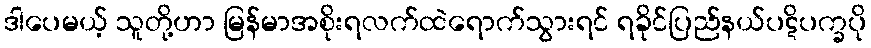
ဒါပေမယ့် သူတို့ဟာ မြန်မာအစိုးရလက်ထဲရောက်သွားရင် ရခိုင်ပြည်နယ်ပဋိပက္ခပို